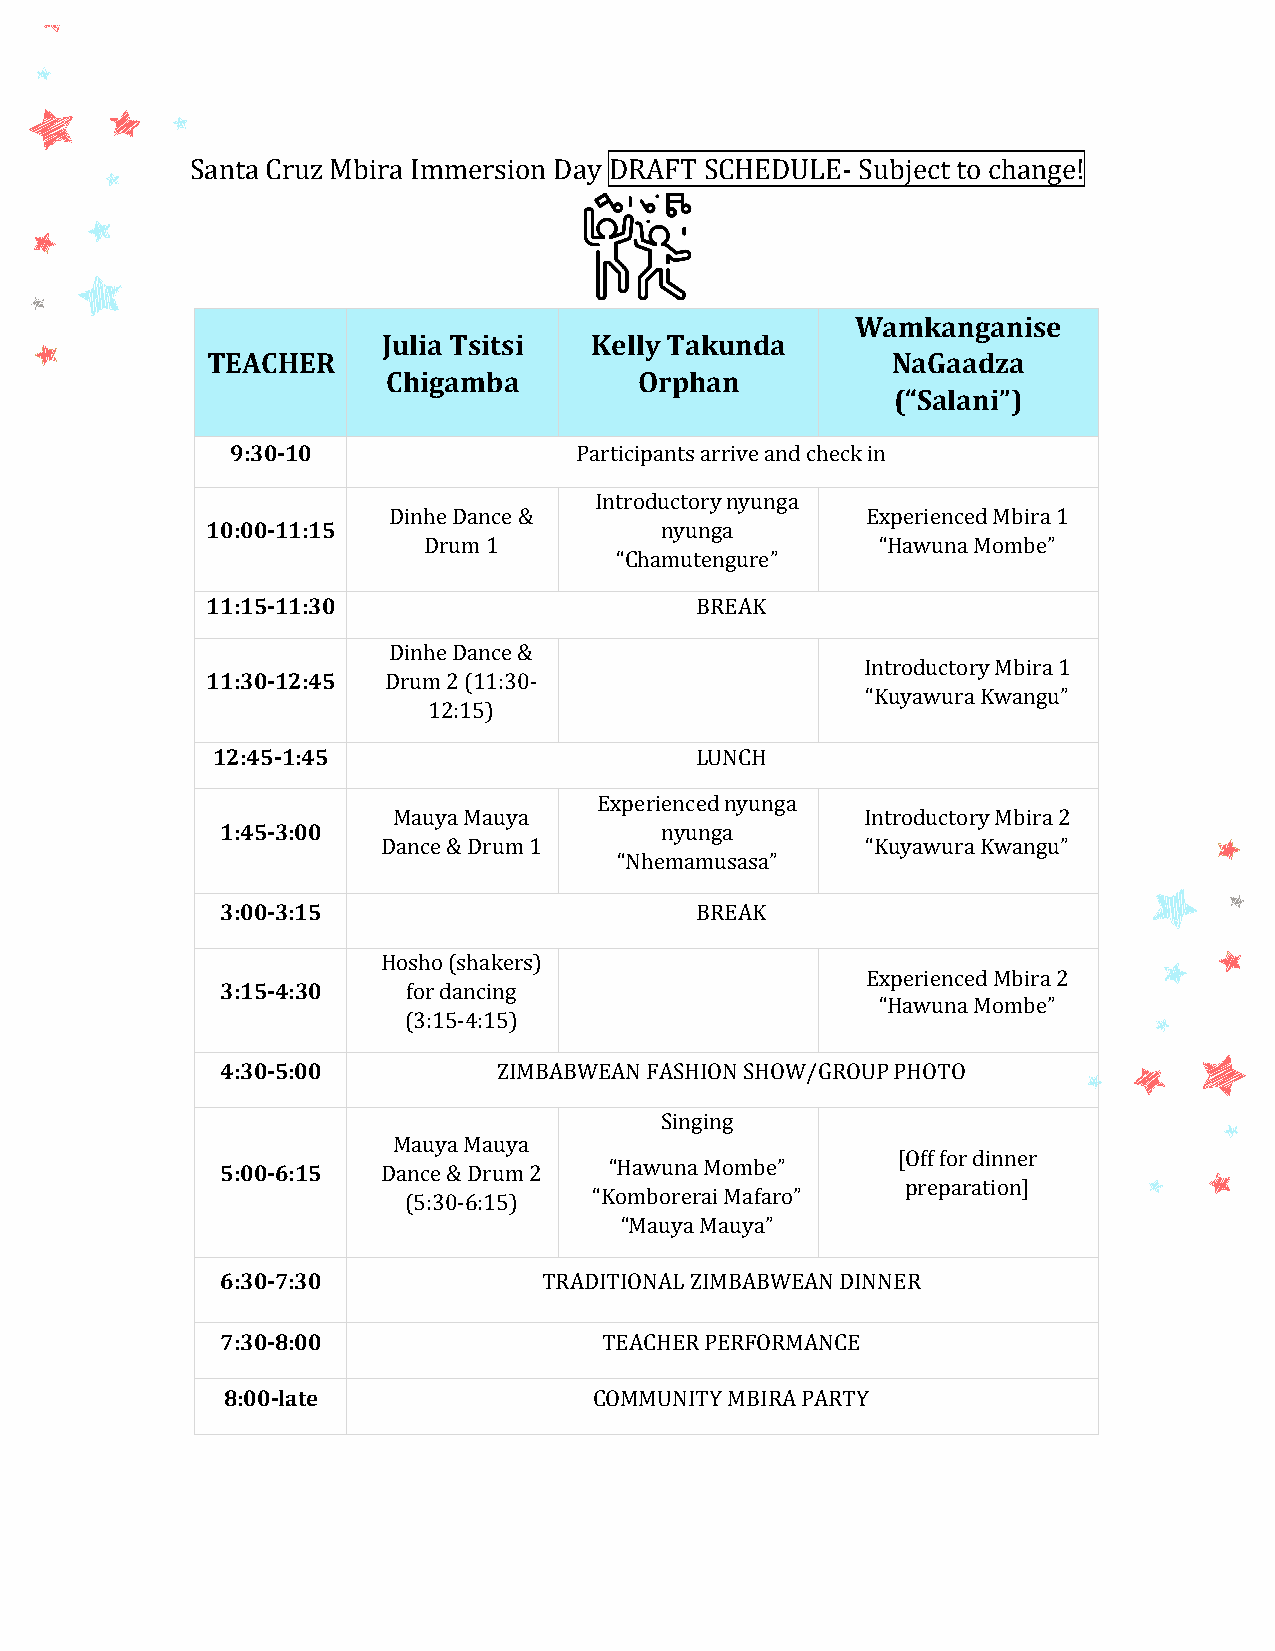
Santa Cruz Mbira Immersion Day DRAFT SCHEDULE- Subject to change!
 Wamkanganise
 Julia Tsitsi  Kelly Takunda
 TEACHER                                      NaGaadza
 Chigamba        Orphan
 (“Salani”)
 9:30-10                Participants arrive and check in
 Introductory nyunga
 Dinhe Dance &                  Experienced Mbira 1
 10:00-11:15                   nyunga
 Drum 1                        “Hawuna Mombe”
 “Chamutengure”
 11:15-11:30                     BREAK
 Dinhe Dance &
 Introductory Mbira 1
 11:30-12:45 Drum 2 (11:30-
 “Kuyawura Kwangu”
 12:15)
 12:45-1:45                      LUNCH
 Experienced nyunga
 Mauya Mauya                    Introductory Mbira 2
 1:45-3:00                    nyunga
 Dance & Drum 1                  “Kuyawura Kwangu”
 “Nhemamusasa”
 3:00-3:15                      BREAK
 Hosho (shakers)
 Experienced Mbira 2
 3:15-4:30   for dancing
 “Hawuna Mombe”
 (3:15-4:15)
 4:30-5:00         ZIMBABWEAN FASHION SHOW/GROUP PHOTO
 Singing
 Mauya Mauya
 [Off for dinner
 5:00-6:15 Dance & Drum 2 “Hawuna Mombe”
 preparation]
 “Komborerai Mafaro”
 (5:30-6:15)
 “Mauya Mauya”
 6:30-7:30            TRADITIONAL ZIMBABWEAN DINNER
 7:30-8:00                TEACHER PERFORMANCE
 8:00-late               COMMUNITY MBIRA PARTY